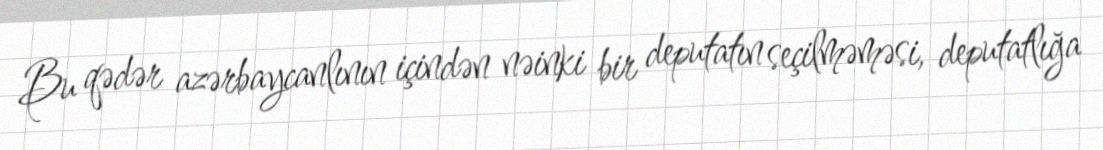
Bu qədər azərbaycanlının içindən nəinki bir deputatın seçilməməsi, deputatlığa